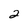
Character: 2